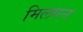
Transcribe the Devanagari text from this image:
मिलयन